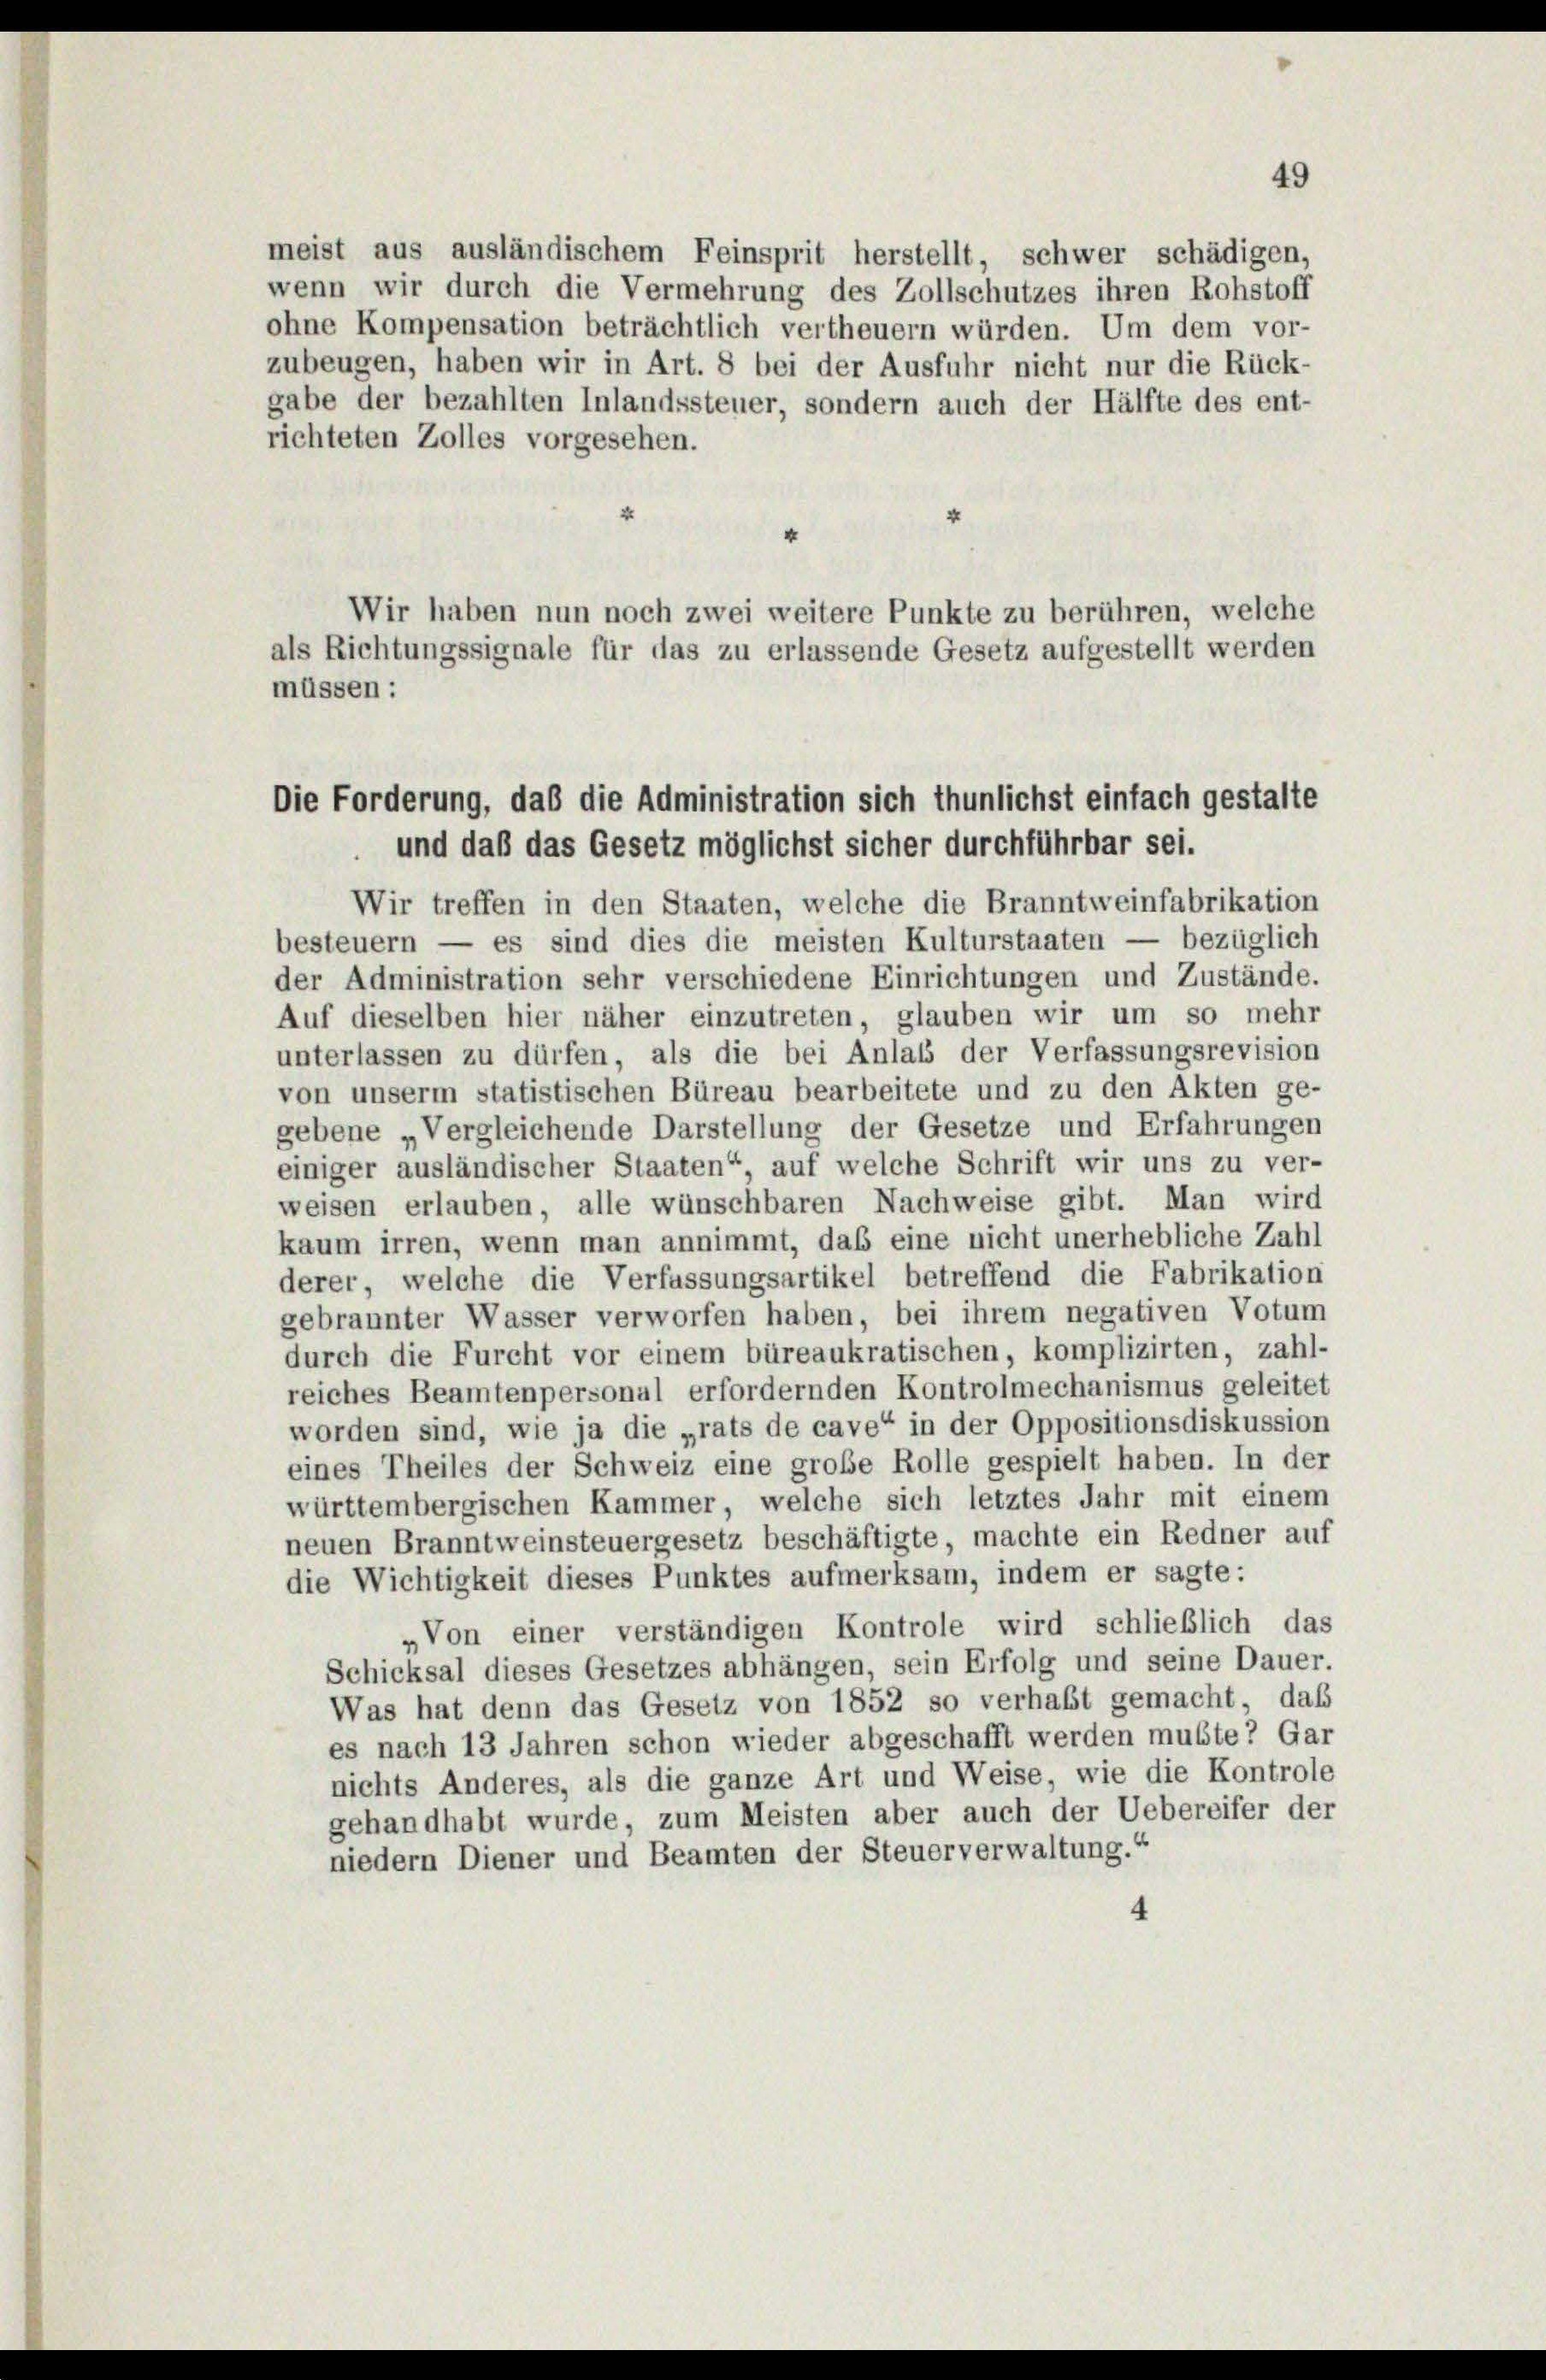
meist aus ausländischem Feinsprit herstellt, schwer schädigen,
wenn wir durch die Vermehrung des Zollschutzes ihren Rohstoff
ohne Kompensation beträchtlich vertheuern würden. Um dem vor-
zubeugen, haben wir in Art. 8 bei der Ausfuhr nicht nur die Rück-
gabe der bezahlten Inlandssteuer, sondern auch der Hälfte des ent-
richteten Zolles vorgesehen.

Die Forderung, daß die Administration sich thunlichst einfach gestalte
und daß das Gesetz möglichst sicher durchführbar sei.

4
Wir haben nun noch zwei weitere Punkte zu berühren, welche
als Richtungssignale für das zu erlassende Gesetz aufgestellt werden
müssen:
Wir treffen in den Staaten, welche die Branntweinfabrikation
besteuern — es sind dies die meisten Kulturstaaten — bezüglich
der Administration sehr verschiedene Einrichtungen und Zustände.
Auf dieselben hier näher einzutreten, glauben wir um so mehr
unterlassen zu dürfen, als die bei Anlass der Verfassungsrevision
von unserm statistischen Büreau bearbeitete und zu den Akten ge-
gebene „Vergleichende Darstellung der Gesetze und Erfahrungen
einiger ausländischer Staaten“, auf welche Schrift wir uns zu ver-
weisen erlauben, alle wünschbaren Nachweise gibt. Man wird
kaum irren, wenn man annimmt, das eine nicht unerhebliche Zahl
derer, welche die Verfassungsartikel betreffend die Fabrikation
gebrannter Wasser verworfen haben, bei ihrem negativen Votum
durch die Furcht vor einem büreaukratischen, komplizirten, zahl-
reiches Beamtenpersonal erfordernden Kontrolmechanismus geleitet
worden sind, wie ja die „rats de cave“ in der Oppositionsdiskussion
eines Theiles der Schweiz eine große Rolle gespielt haben. In der
württembergischen Kammer, welche sich letztes Jahr mit einem
neuen Branntweinsteuergesetz beschäftigte, machte ein Redner auf
die Wichtigkeit dieses Punktes aufmerksam, indem er sagte:
„Von einer verständigen Kontrole wird schließlich das
Schicksal dieses Gesetzes abhängen, sein Erfolg und seine Dauer.
Was hat denn das Gesetz von 1852 so verhaft gemacht, daß
es nach 13 Jahren schon wieder abgeschafft werden mußte? Gar
nichts Anderes, als die ganze Art und Weise, wie die Kontrole
gehandhabt wurde, zum Meisten aber auch der Uebereifer der
niedern Diener und Beamten der Steuerverwaltung.“
4

49